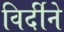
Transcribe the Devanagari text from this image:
विर्दीने